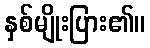
နှစ်မျိုးပြား၏။